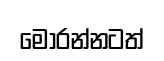
මෝරන්නටත්